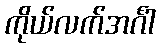
ကိုယ်လက်အင်္ဂါ